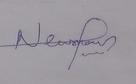
Signature authenticity: genuine